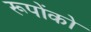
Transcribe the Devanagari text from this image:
रूपोंको